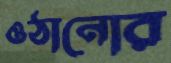
ওঠানোর